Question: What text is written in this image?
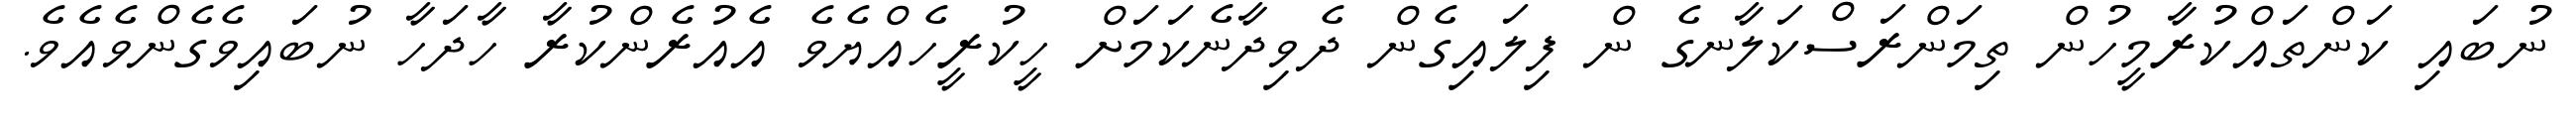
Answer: ނުބައި ކަންތައްކުރާމީހުން ތިމަންރަސްކަލާނގެ ން ފިލައިގެން ދެވިދާނެކަމަށް ހީކުރީހެއްޔެވެ އެއުރެންކުރާ ހާދަހާ ނުބައިވެގެންވެއެވެ.